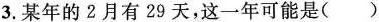
3.某年的2月有29天，这一年可能是( )。